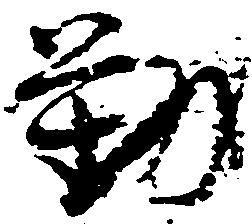
勤